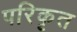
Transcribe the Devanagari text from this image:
परिकृत